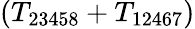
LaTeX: (T_{23458}+T_{12467})